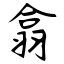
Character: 翕